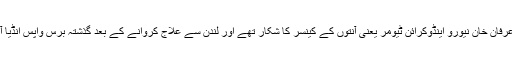
53سالہ عرفان خان نیورو اینڈوکرائن ٹیومر یعنی آنتوں کے کینسر کا شکار تھے اور لندن سے علاج کروانے کے بعد گذشتہ برس واپس انڈیا آئے تھے۔